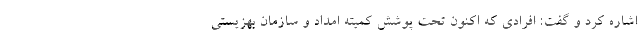
اشاره کرد و گفت: افرادی که اکنون تحت پوشش کمیته امداد و سازمان بهزیستی